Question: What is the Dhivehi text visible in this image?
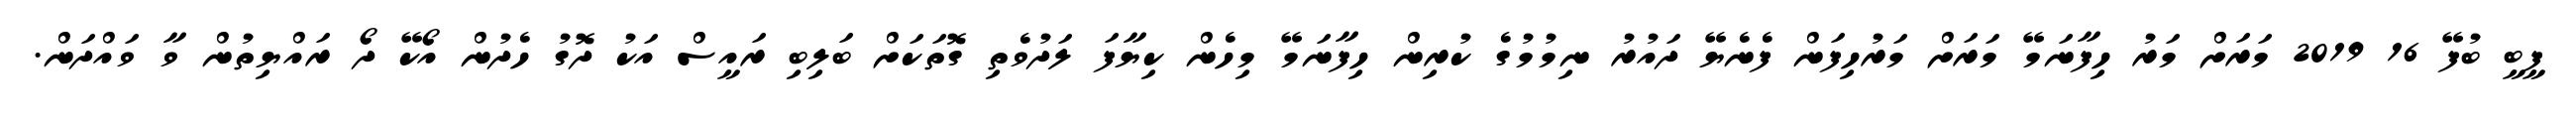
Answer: ފީބީ ބުފޭ 16 2019 މަރަށް މަރު ހިފާނަމޭ މަރަށް މަރުހިފަން ފެނެޔޭ ދައުރު ނިމުމުގެ ކުރިން ހިފާނަމޭ މިހެން ކިޔާފަ ލަދުވެތި ގޮތަކަށް ބަލިބި ރައީސް އަކު ދޮގު ހެދުން އޯކޭ ދޯ ރައްޔިތުން ވާ ވައްދަން.